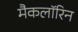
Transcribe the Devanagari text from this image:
मैकलॉरिन